Civil Veterinary Department Bihar reports 1936-40 - 1936-1940
Year: 1936
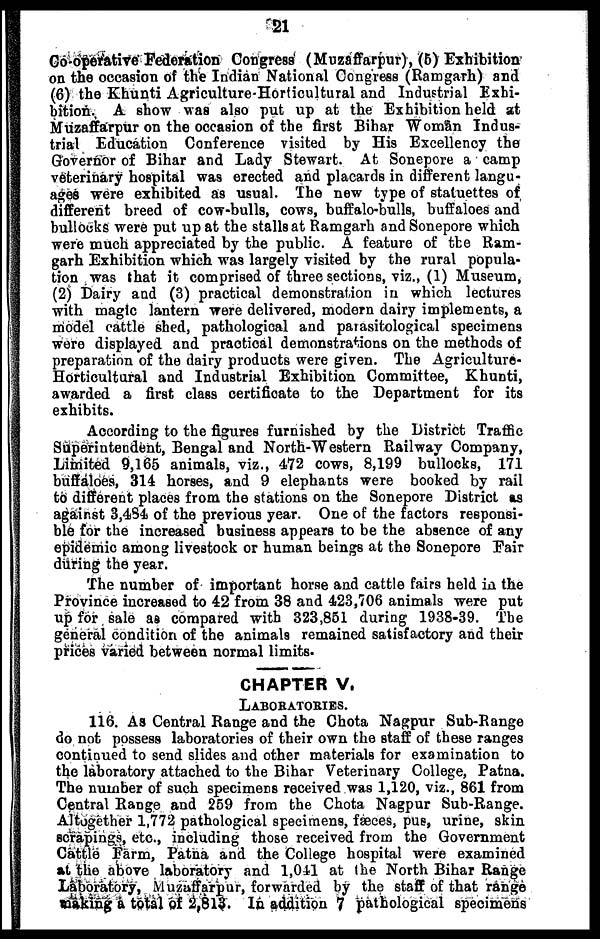
21
Co-operative Federation Congress (Muzaffarpur), (5) Exhibition
on the occasion of the Indian National Congress (Ramgarh) and
(6) the Khunti Agriculture-Horticultural and Industrial Exhi-
bition. A show was also put up at the Exhibition held at
Muzaffarpur on the occasion of the first Bihar Woman Indus-
trial Education Conference visited by His Excellency the
Governor of Bihar and Lady Stewart. At Sonepore a camp
veterinary hospital was erected and placards in different langu-
ages were exhibited as usual. The new type of statuettes of
different breed of cow-bulls, cows, buffalo-bulls, buffaloes and
bullocks were put up at the stalls at Ramgarh and Sonepore which
were much appreciated by the public. A feature of the Ram-
garh Exhibition which was largely visited by the rural popula-
tion was that it comprised of three sections, viz., (1) Museum,
(2) Dairy and (3) practical demonstration in which lectures
with magic lantern were delivered, modern dairy implements, a
model cattle shed, pathological and parasitological specimens
were displayed and practical demonstrations on the methods of
preparation of the dairy products were given. The Agriculture-
Horticultural and Industrial Exhibition Committee, Khunti,
awarded a first class certificate to the Department for its
exhibits.
According to the figures furnished by the District Traffic
Superintendent, Bengal and North-Western Railway Company,
Limited 9,165 animals, viz., 472 cows, 8,199 bullocks, 171
buffaloes, 314 horses, and 9 elephants were booked by rail
to different places from the stations on the Sonepore District as
against 3,484 of the previous year. One of the factors responsi-
ble for the increased business appears to be the absence of any
epidemic among livestock or human beings at the Sonepore Fair
during the year.
The number of important horse and cattle fairs held in the
Province increased to 42 from 38 and 423,706 animals were put
up for sale as compared with 323,851 during 1938-39. The
general condition of the animals remained satisfactory and their
prices varied between normal limits.
CHAPTER V.
LABORATORIES.
116. As Central Range and the Chota Nagpur Sub-Range
do not possess laboratories of their own the staff of these ranges
continued to send slides and other materials for examination to
the laboratory attached to the Bihar Veterinary College, Patna.
The number of such specimens received was 1,120, viz., 861 from
Central Range and 259 from the Chota Nagpur Sub-Range.
Altogether 1,772 pathological specimens, fæces, pus, urine, skin
scrapings, etc., including those received from the Government
Cattle Farm, Patna and the College hospital were examined
at the above laboratory and 1,041 at the North Bihar Range
Laboratory, Muzaffarpur, forwarded by the staff of that range
making a total of 2,813. In addition 7 pathological specimens